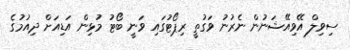
ސިވިލް އޭވިއޭޝަނުން ނެރުނު ވަގުތީ ރިޕޯޓުގައި ވަނީ ބޯޓު މުޅިން އަޑިއަށް ދިއުމުގެ